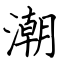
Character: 潮